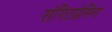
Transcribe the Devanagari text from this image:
संगितप्रेमिंना